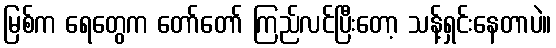
မြစ်က ရေတွေက တော်တော် ကြည်လင်ပြီးတော့ သန့်ရှင်းနေတာပဲ။